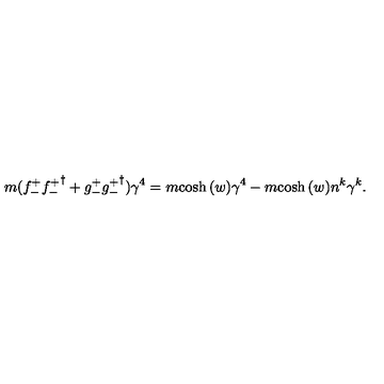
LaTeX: m ( { f _ { - } ^ { + } } { { f _ { - } ^ { + } } } ^ { \dagger } + { g _ { - } ^ { + } } { { g _ { - } ^ { + } } } ^ { \dagger } ) \gamma ^ { 4 } = m { \cosh { ( w ) } } \gamma ^ { 4 } - m { \cosh { ( w ) } } n ^ { k } \gamma ^ { k } .